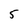
Character: 5